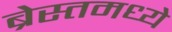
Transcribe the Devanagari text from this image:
ब्रेस्तमध्ये